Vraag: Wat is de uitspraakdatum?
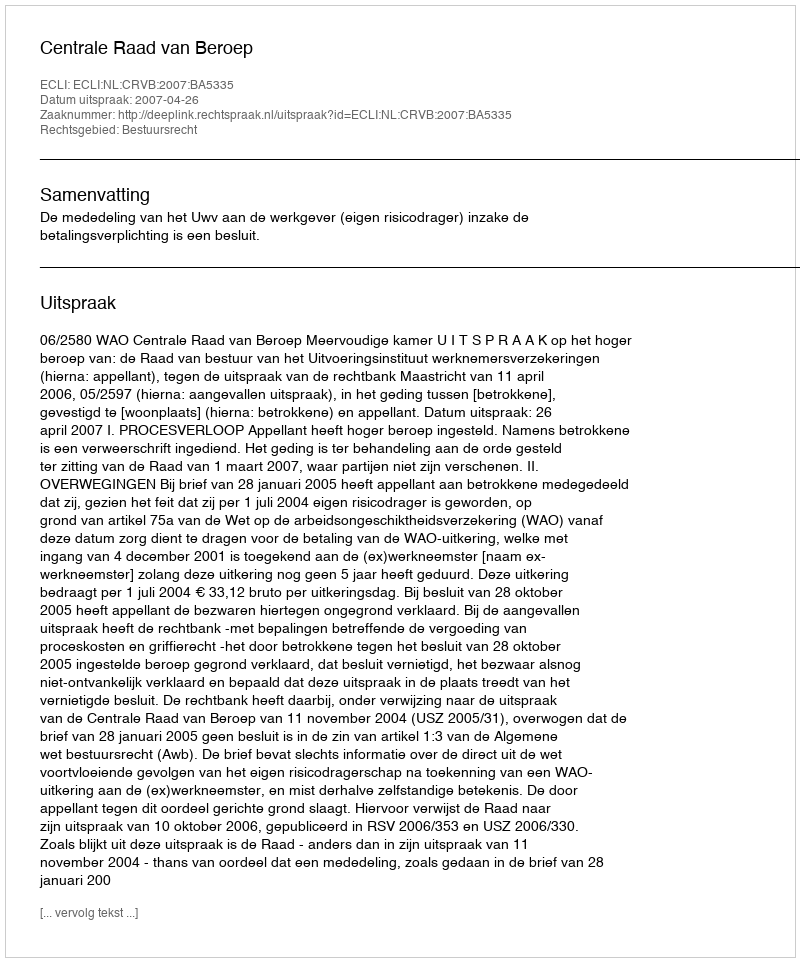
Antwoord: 2007-04-26